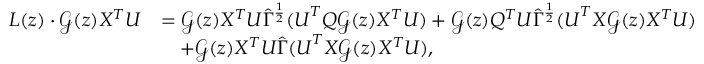
\begin{array} { r l } { L ( z ) \cdot { \mathcal G } ( z ) X ^ { T } { \boldsymbol U } } & { = { \mathcal G } ( z ) X ^ { T } { \boldsymbol U } \widehat \Gamma ^ { \frac { 1 } { 2 } } ( { \boldsymbol U } ^ { T } Q { \mathcal G } ( z ) X ^ { T } { \boldsymbol U } ) + { \mathcal G } ( z ) Q ^ { T } { \boldsymbol U } \widehat \Gamma ^ { \frac { 1 } { 2 } } ( { \boldsymbol U } ^ { T } X { \mathcal G } ( z ) X ^ { T } { \boldsymbol U } ) } \\ & { \quad + { \mathcal G } ( z ) X ^ { T } { \boldsymbol U } \widehat \Gamma ( { \boldsymbol U } ^ { T } X { \mathcal G } ( z ) X ^ { T } { \boldsymbol U } ) , } \end{array}